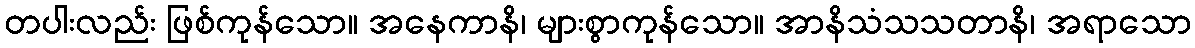
တပါးလည်း ဖြစ်ကုန်သော။ အနေကာနိ၊ များစွာကုန်သော။ အာနိသံသသတာနိ၊ အရာသော